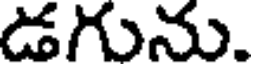
డగును.